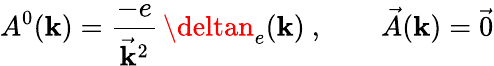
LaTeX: A^{0}(\mathbf{k})=\frac{{-e}}{{\vec{{\mathbf{k}}}^{2}}}\, \deltan_{e}(\mathbf{k})\ ,\qquad\vec{{A}}(\mathbf{k})=\vec{{0}}